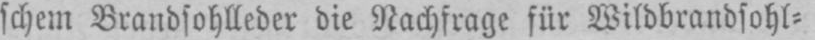
schem Brandsohlleder die Nachfrage für Wildbrandsohl⸗